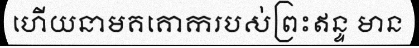
ហើយនាមគគោករបស់ព្រះឥន្ទ មាន